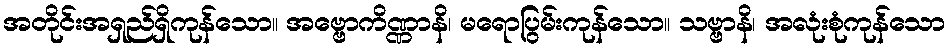
အတိုင်းအရှည်ရှိကုန်သော။ အဗ္ဗောကိဏ္ဏာနိ၊ မရောပြွမ်းကုန်သော။ သဗ္ဗာနိ၊ အလုံးစုံကုန်သော